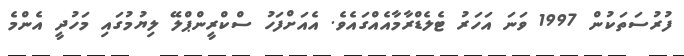
ފުރުސަތަކުން 1997 ވަނަ އަހަރު ޓެލެޑްރާމާއެއްގައެވެ. އެއަށްފަހު ސްކްރީންޕްލޭ ލިޔުމުގައި މަހުދީ އެންމެ